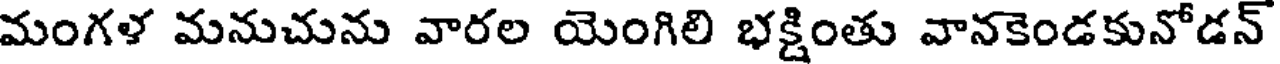
మంగళ మనుచును వారల యెంగిలి భక్షింతు వానకెండకునోడన్